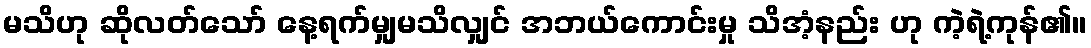
မသိဟု ဆိုလတ်သော် နေ့ရက်မျှမသိလျှင် အဘယ်ကောင်းမှု သိအံ့နည်း ဟု ကဲ့ရဲ့ကုန်၏။